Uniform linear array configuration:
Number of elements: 32
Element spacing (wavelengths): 0.25
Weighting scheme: hann
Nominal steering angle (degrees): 0
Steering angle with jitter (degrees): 0.4108
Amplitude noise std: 0.05
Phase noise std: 0.05

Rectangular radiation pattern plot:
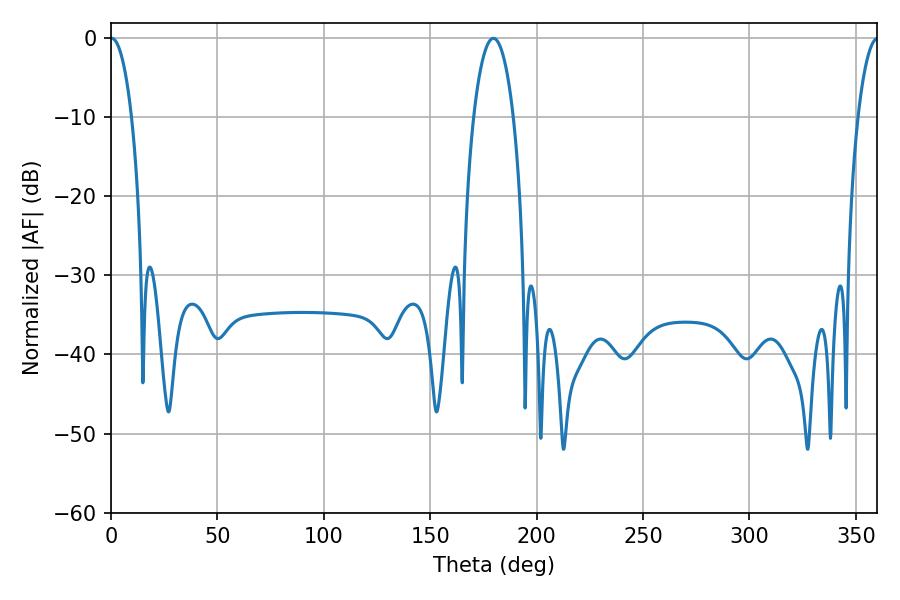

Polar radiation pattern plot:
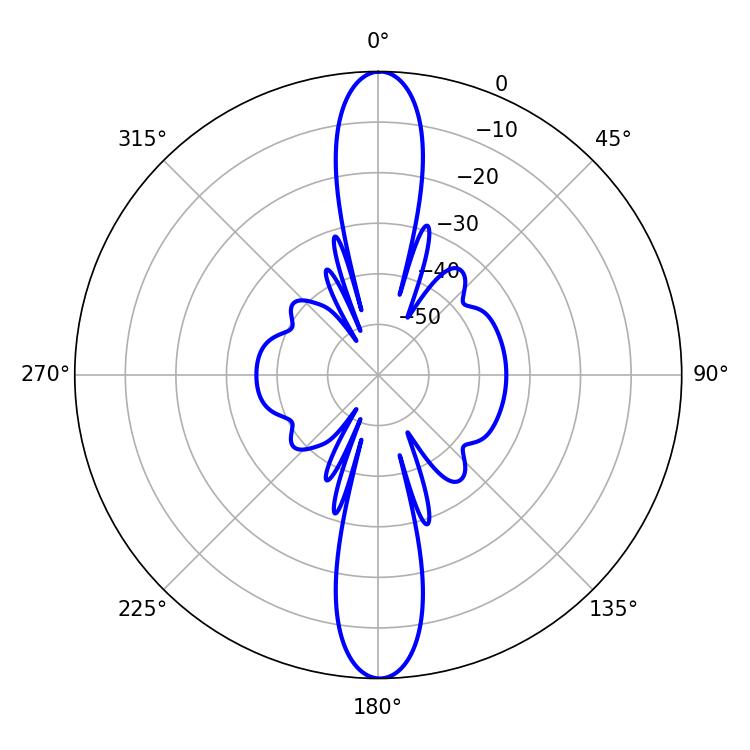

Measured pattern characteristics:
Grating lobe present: FALSE
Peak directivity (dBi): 29.277
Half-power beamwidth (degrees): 5.58
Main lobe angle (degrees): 0.36